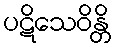
ပဋိသေဝိန္တိ